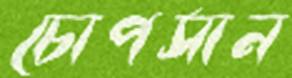
চোপসান